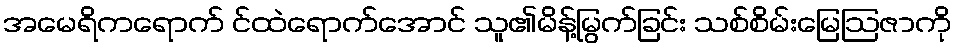
အမေရိကရောက် င်ထဲရောက်အောင် သူ၏မိန့်မြွက်ခြင်း သစ်စိမ်းမြေဩဇာကို